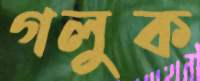
গলুক